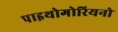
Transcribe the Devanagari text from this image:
पाइथोगोरियनो